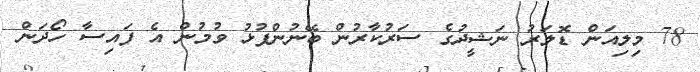
78 މިލިއަން ޑޮލަރު ނަޝީދުގެ ސަރުކާރުން ބޭނުންފުޅު ވުމުން އެ ފައިސާ ހޯދަން